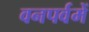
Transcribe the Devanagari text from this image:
वनपर्वमें